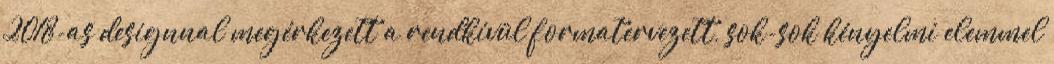
2018-as designnal megérkezett a rendkívül formatervezett, sok-sok kényelmi elemmel